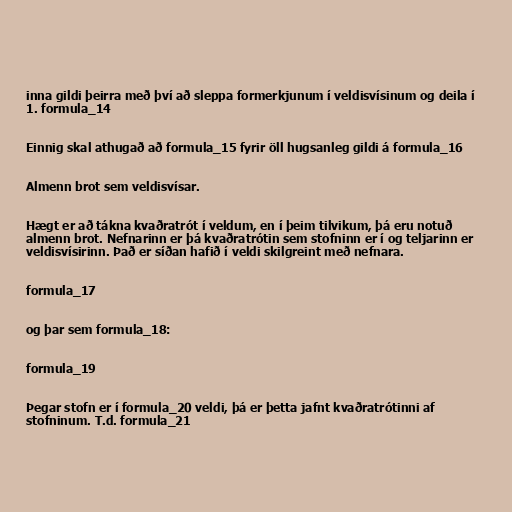
inna gildi þeirra með því að sleppa formerkjunum í veldisvísinum og deila í
1. formula_14

Einnig skal athugað að formula_15 fyrir öll hugsanleg gildi á formula_16

Almenn brot sem veldisvísar.

Hægt er að tákna kvaðratrót í veldum, en í þeim tilvikum, þá eru notuð
almenn brot. Nefnarinn er þá kvaðratrótin sem stofninn er í og teljarinn er
veldisvísirinn. Það er síðan hafið í veldi skilgreint með nefnara.

formula_17

og þar sem formula_18:

formula_19

Þegar stofn er í formula_20 veldi, þá er þetta jafnt kvaðratrótinni af
stofninum. T.d. formula_21